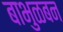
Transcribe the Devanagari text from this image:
बाभुळबन